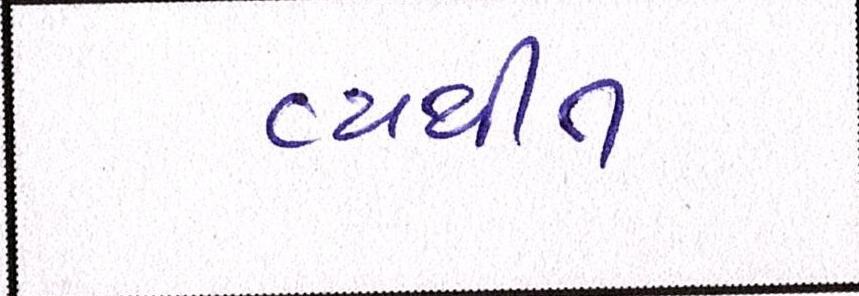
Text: વ્યથીત